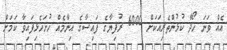
އެއް ވަނަ ހޯދާ ކުޅުންތެރިއަކަށް 6000 ރުފިޔާގެ ފައިސާގެ އިނާމެއް ހުށަހެޅިފައިވާ ކަމަށް